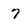
Character: 7